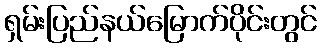
ရှမ်းပြည်နယ်မြောက်ပိုင်းတွင်